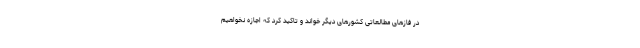
در فازهای مطالعاتی کشورهای دیگر خواند و تاکید کرد که اجازه نخواهیم